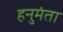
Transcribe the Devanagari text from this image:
हनुमंता